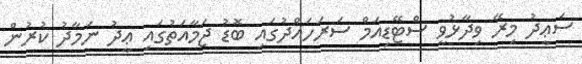
ސަޢީދު މިރޭ ވިދާޅުވީ ސްޓޭޑިއަމް ސަރަހައްދުގައި ބޮޑު ޖަމާއަތުގައި ޢީދު ނަމާދު ކުރުން